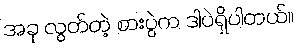
အခု လွတ်တဲ့ စားပွဲက ဒါပဲရှိပါတယ်။